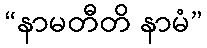
“နာမတီတိ နာမံ”